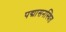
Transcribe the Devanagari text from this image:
पद्मासनस्थित